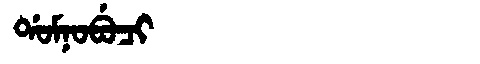
Manchu: ᡩᠣᠮᠨᠣᠪᡠᠴᡳ
Romanization: DOMNOBUCI